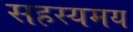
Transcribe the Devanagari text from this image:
सहस्यमय